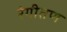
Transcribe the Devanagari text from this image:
रंगीतण